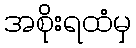
အစိုးရထံမှ